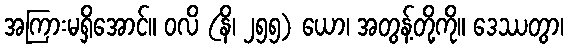
အကြားမရှိအောင်။ ဝလိ (နိ၊ ၂၅၅) ယော၊ အတွန့်တို့ကို။ ဒေဿတွာ၊